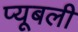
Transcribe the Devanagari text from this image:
प्यूबली